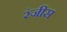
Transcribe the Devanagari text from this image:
रंजीस